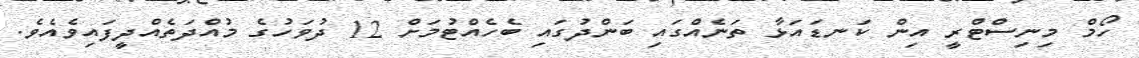
ހޯމް މިނިސްޓްރީ އިން ކަނޑައަޅާ ތަނެއްގައި ބަންދުގައި ބެހެއްޓުމަށް 12 ދުވަހުގެ މުއްދަތެއްދީފައިވެއެވެ.